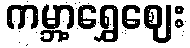
ကမ္ဘာ့ရွှေဈေး